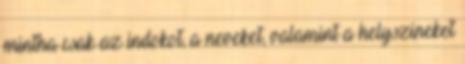
mintha csak az indokot, a neveket, valamint a helyszíneket